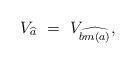
LaTeX: \begin{align*}V_{\widehat{a}}\ =\ V_{\widehat{bm(a)}},\end{align*}